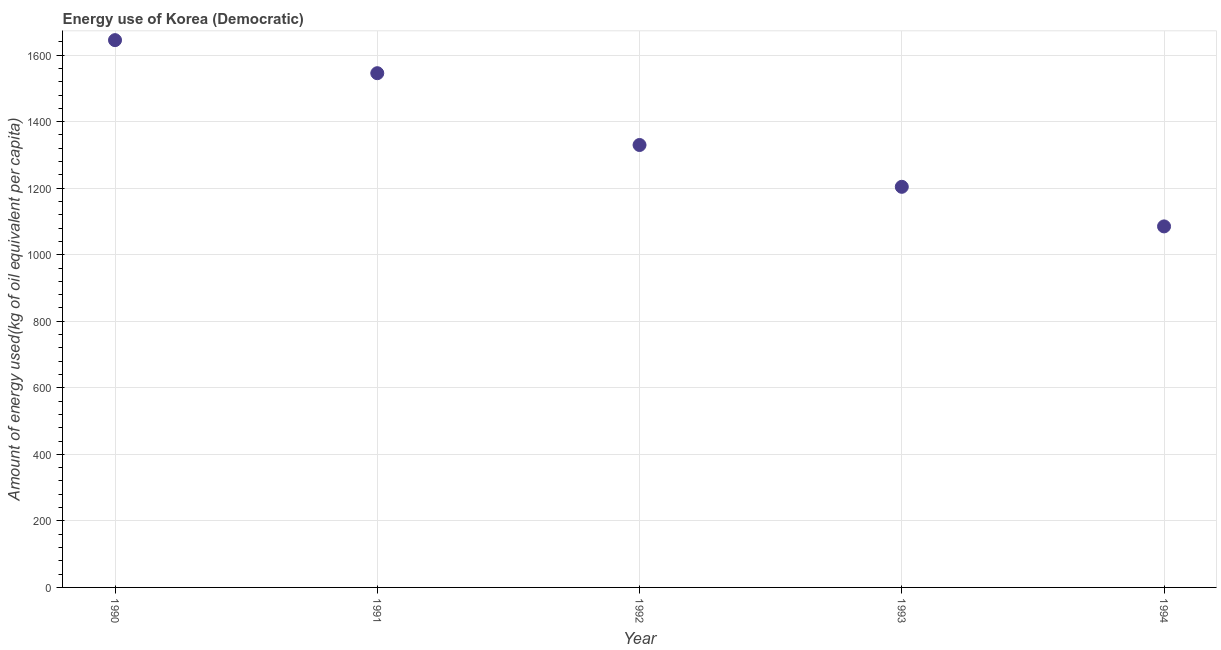
| Year | Energy use  |
 | --- | --- |
 | 1990 | 1.65e+03 |
 | 1991 | 1.55e+03 |
 | 1992 | 1.33e+03 |
 | 1993 | 1.2e+03 |
 | 1994 | 1.09e+03 |